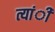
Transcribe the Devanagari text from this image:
त्यांी